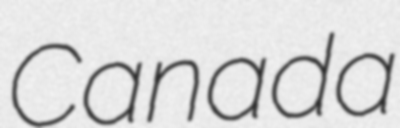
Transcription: Canada